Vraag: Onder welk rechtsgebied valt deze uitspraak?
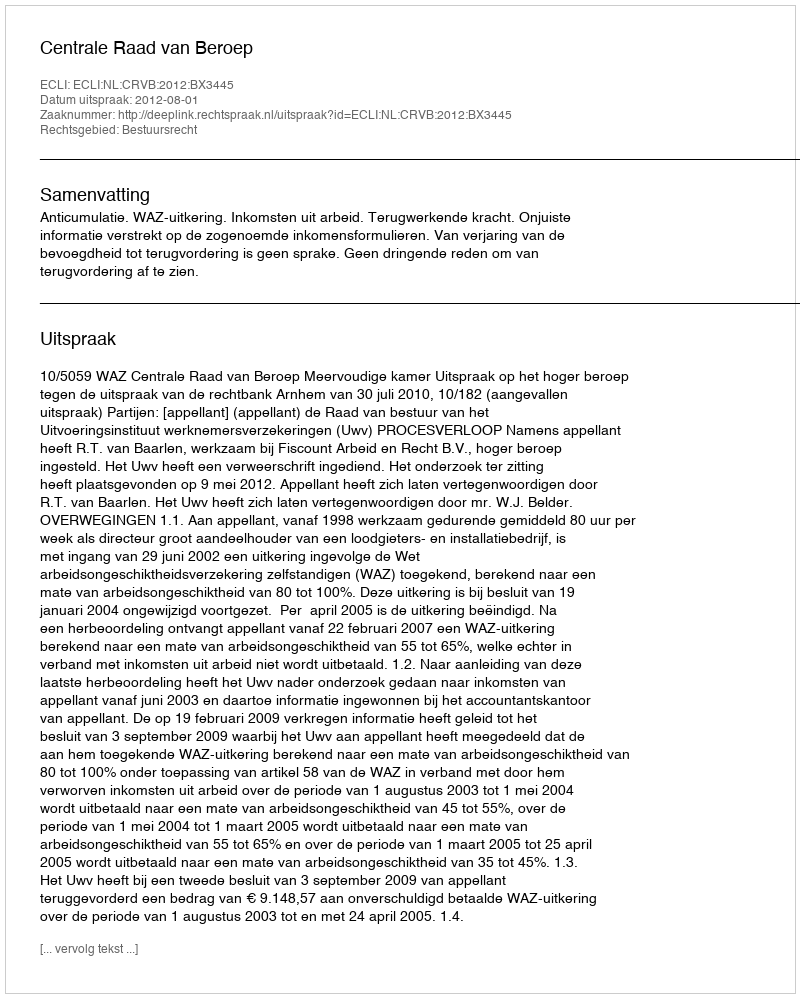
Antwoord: Bestuursrecht